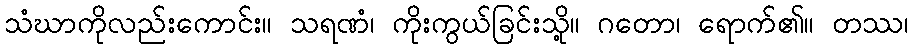
သံဃာကိုလည်းကောင်း။ သရဏံ၊ ကိုးကွယ်ခြင်းသို့။ ဂတော၊ ရောက်၏။ တဿ၊